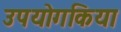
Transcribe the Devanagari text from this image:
उपयोगकिया